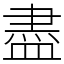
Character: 盡